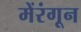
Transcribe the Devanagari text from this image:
मेंरंगून